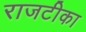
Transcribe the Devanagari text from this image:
राजटीका